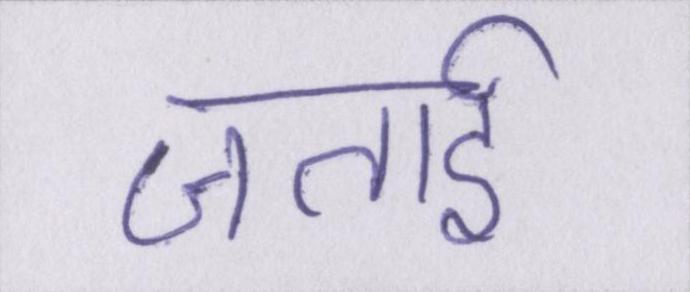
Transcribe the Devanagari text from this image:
जताई